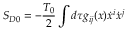
S _ { D 0 } = - \frac { T _ { 0 } } { 2 } \int d \tau g _ { i j } ( x ) \dot { x } ^ { i } \dot { x } ^ { j }